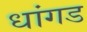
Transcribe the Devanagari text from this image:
धांगड